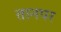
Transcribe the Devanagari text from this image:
तानपर